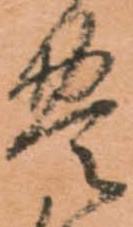
豊